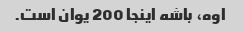
اوه، باشه اینجا 200 یوان است.